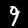
Digit: 9